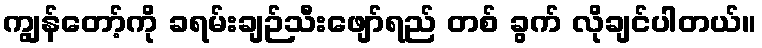
ကျွန်တော့်ကို ခရမ်းချဉ်သီးဖျော်ရည် တစ် ခွက် လိုချင်ပါတယ်။